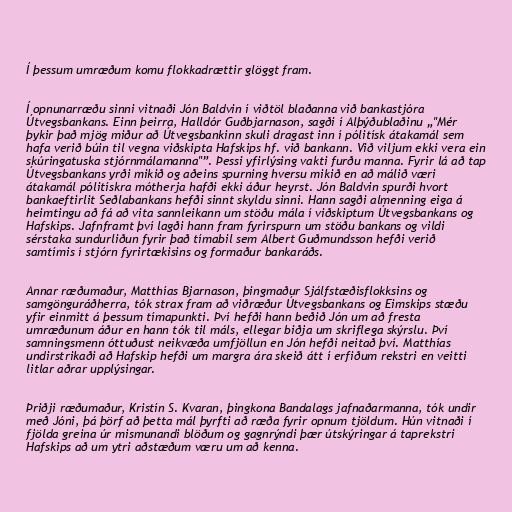
Í þessum umræðum komu flokkadrættir glöggt fram.

Í opnunarræðu sinni vitnaði Jón Baldvin í viðtöl blaðanna við bankastjóra
Útvegsbankans. Einn þeirra, Halldór Guðbjarnason, sagði í Alþýðublaðinu „"Mér
þykir það mjög miður að Útvegsbankinn skuli dragast inn í pólitísk átakamál sem
hafa verið búin til vegna viðskipta Hafskips hf. við bankann. Við viljum ekki vera ein
skúringatuska stjórnmálamanna"”. Þessi yfirlýsing vakti furðu manna. Fyrir lá að tap
Útvegsbankans yrði mikið og aðeins spurning hversu mikið en að málið væri
átakamál pólitískra mótherja hafði ekki áður heyrst. Jón Baldvin spurði hvort
bankaeftirlit Seðlabankans hefði sinnt skyldu sinni. Hann sagði almenning eiga á
heimtingu að fá að vita sannleikann um stöðu mála í viðskiptum Útvegsbankans og
Hafskips. Jafnframt því lagði hann fram fyrirspurn um stöðu bankans og vildi
sérstaka sundurliðun fyrir það tímabil sem Albert Guðmundsson hefði verið
samtímis í stjórn fyrirtækisins og formaður bankaráðs.

Annar ræðumaður, Matthías Bjarnason, þingmaður Sjálfstæðisflokksins og
samgönguráðherra, tók strax fram að viðræður Útvegsbankans og Eimskips stæðu
yfir einmitt á þessum tímapunkti. Því hefði hann beðið Jón um að fresta
umræðunum áður en hann tók til máls, ellegar biðja um skriflega skýrslu. Því
samningsmenn óttuðust neikvæða umfjöllun en Jón hefði neitað því. Matthías
undirstrikaði að Hafskip hefði um margra ára skeið átt í erfiðum rekstri en veitti
litlar aðrar upplýsingar.

Þriðji ræðumaður, Kristín S. Kvaran, þingkona Bandalags jafnaðarmanna, tók undir
með Jóni, þá þörf að þetta mál þyrfti að ræða fyrir opnum tjöldum. Hún vitnaði í
fjölda greina úr mismunandi blöðum og gagnrýndi þær útskýringar á taprekstri
Hafskips að um ytri aðstæðum væru um að kenna.